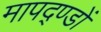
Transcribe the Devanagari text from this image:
मापद्ण्डों